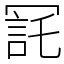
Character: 㓃